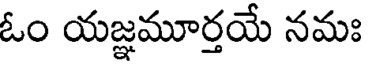
ఓం యజ్ఞమూర్తయే నమః